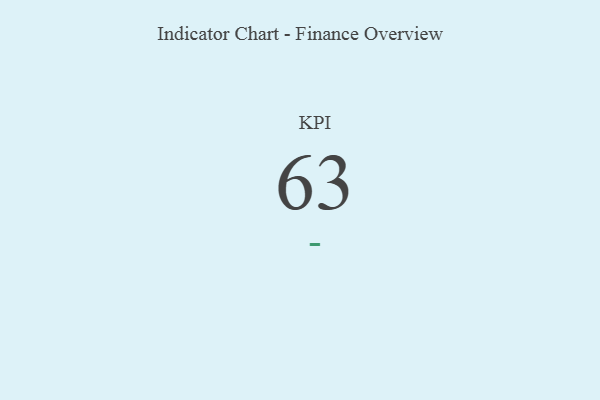
{"axis": {"x": "KPI", "y": "Value"}, "legend": [""], "data": [{"x": "KPI", "y": 63, "type": ""}]}